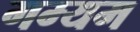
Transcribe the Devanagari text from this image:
गम्यम